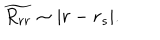
LaTeX: \widetilde { R _ { r r } } \sim | r - r _ { s } | .